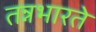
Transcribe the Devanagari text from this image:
तन्नभारते